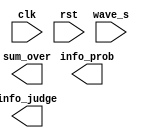
module num_4_receive(
    input clk,          //200kHz
    input rst,
    input [9:0] wave_s,          //AD
    
    output [3:0] info_judge,  //
    output [3:0] info_prob,  //
    output sum_over   //,info_judge
);

// 1016
wire [15:0] fir_in;
assign fir_in[15:6]=wave_s;
assign fir_in[5:0]=6'd0000;

//3516
wire signed [39:0] data1;
wire signed [39:0] data2;
wire signed [15:0] wave_11k;
wire signed [15:0] wave_22k;
assign wave_11k = data1[34:19];
assign wave_22k = data2[34:19];

//
wire [15:0] wave_11k_abs;
wire [15:0] wave_22k_abs;

//16
wire signed [39:0] data1_dc40;
wire signed [39:0] data2_dc40;
wire signed [15:0] wave_11k_dc;
wire signed [15:0] wave_22k_dc;
assign wave_11k_dc = data1_dc40[35:20];
assign wave_22k_dc = data2_dc40[35:20];

wire info;

//    
wire signed [15:0] demode;
wire [15:0] difference_abs;
wire [3:0] difference_bit;
wire [3:0] noise_bit = 4'b0000;

wire clk_avg;   //64 32
wire clk_avg_1;   //clk_avg

wire [4:0] difference_bit_avg;   //         

wire signal_en;  //                 

//wire [3:0] info_judge;   //
//wire [3:0] info_prob;    //
//wire sum_over;           //

//
// fir_11k u_fir_11k(
//   .aclk(clk),                           
//   .s_axis_data_tvalid(1'b1), 
//   .s_axis_data_tready(),
//   .s_axis_data_tdata(fir_in),  
//   .m_axis_data_tvalid(),  
//   .m_axis_data_tdata(data1)    
// );
// fir_22k u_fir_22k(
//   .aclk(clk),                           
//   .s_axis_data_tvalid(1'b1), 
//   .s_axis_data_tready(),
//   .s_axis_data_tdata(fir_in),  
//   .m_axis_data_tvalid(),  
//   .m_axis_data_tdata(data2)    
// );

//1
// rectify u1_rectify(
// .wave(wave_11k),
// .wave_abs(wave_11k_abs)
// );
// rectify u2_rectify(
// .wave(wave_22k),
// .wave_abs(wave_22k_abs)
// );

//
// lowpass u1_lowpass(
//   .aclk(clk),                           
//   .s_axis_data_tvalid(1'b1), 
//   .s_axis_data_tready(),
//   .s_axis_data_tdata(wave_11k_abs),  
//   .m_axis_data_tvalid(),  
//   .m_axis_data_tdata(data1_dc40)    
// );
// lowpass u2_lowpass(
//   .aclk(clk),                           
//   .s_axis_data_tvalid(1'b1), 
//   .s_axis_data_tready(),
//   .s_axis_data_tdata(wave_22k_abs),  
//   .m_axis_data_tvalid(),  
//   .m_axis_data_tdata(data2_dc40)    
// );

//
// dem u_dem(
// .clk(clk),
// .rst(rst),
// .wave_11k_dc(wave_11k_dc),
// .wave_22k_dc(wave_22k_dc),
// .info(info),
// .demode(demode)
// );

// //
// rectify u3_rectify(
// .wave(demode),
// .wave_abs(difference_abs)
// );

//
// bit_judge bit_judge(
// .clk(clk),
// .rst(rst),
// .difference_abs(difference_abs),
// .difference_bit(difference_bit)
// );

//32
// avg avg(
// .clk(clk),
// .rst(rst),
// .difference_bit(difference_bit),
// .clk_avg(clk_avg),
// .clk_avg_1(clk_avg_1),
// .difference_bit_avg(difference_bit_avg)
// );

//
// signal_enable signal_enable(
// .clk_avg_1(clk_avg_1),
// .rst(rst),
// .difference_bit_avg(difference_bit_avg),
// .noise_bit(noise_bit),
// .signal_en(signal_en)
// );

//  
// judgment judgment(
// .clk(clk),
// .rst(rst),
// .info(info),  
// .signal_en(signal_en),  // 
// .clk_avg(clk_avg),   //
// .info_judge(info_judge),  //
// .info_prob(info_prob),  //
// .sum_over(sum_over)
// );

endmodule